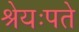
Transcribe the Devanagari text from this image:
श्रेयःपते